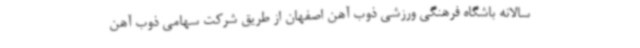
سالانه باشگاه فرهنگی ورزشی ذوب آهن اصفهان از طریق شرکت سهامی ذوب آهن